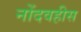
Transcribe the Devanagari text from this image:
नोंदवहीस